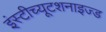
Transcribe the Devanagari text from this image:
इंस्टीच्यूटशनाइज्ड